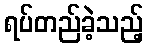
ရပ်တည်ခဲ့သည့်